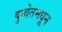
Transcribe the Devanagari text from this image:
कुवेतमधून